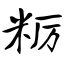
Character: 粝